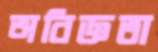
অবিজ্ঞতা